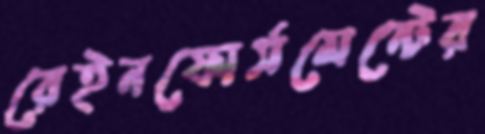
রেইনফোর্সমেন্টের